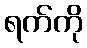
ရက်ကို